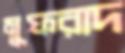
মুফরাদ